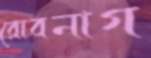
রোবনাগ